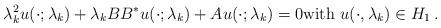
LaTeX: \begin{align*}\lambda_k^2u(\cdot;\lambda_k)+\lambda_k BB^*u(\cdot;\lambda_k)+Au(\cdot;\lambda_k)=0{\rm with}\,\, u(\cdot,\lambda_k)\in H_{1}\,. \end{align*}